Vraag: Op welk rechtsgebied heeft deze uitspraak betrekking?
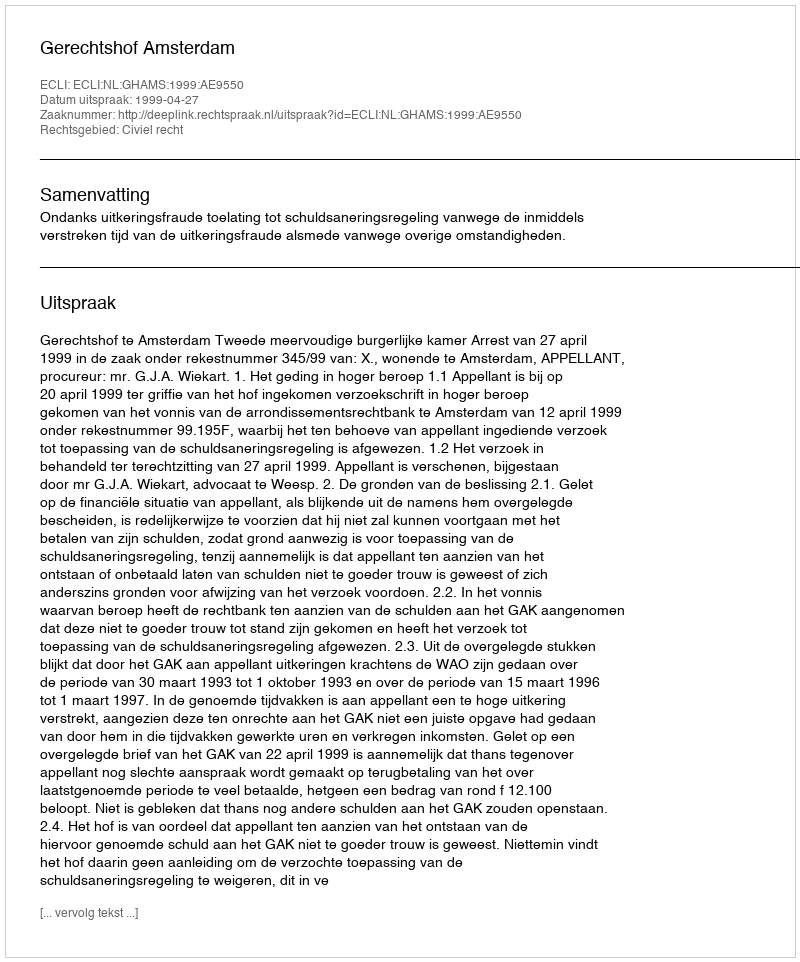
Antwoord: Civiel recht